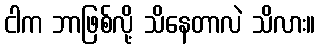
ငါက ဘာဖြစ်လို့ သိနေတာလဲ သိလား။